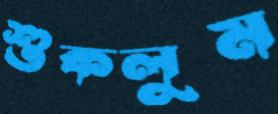
শুকলুম